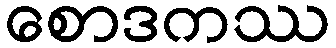
စောဒကဿ